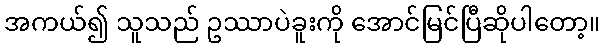
အကယ်၍ သူသည် ဥဿာပဲခူးကို အောင်မြင်ပြီဆိုပါတော့။